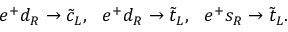
e ^ { + } d _ { R } \to \tilde { c } _ { L } , ~ ~ e ^ { + } d _ { R } \to \tilde { t } _ { L } , ~ ~ e ^ { + } s _ { R } \to \tilde { t } _ { L } .